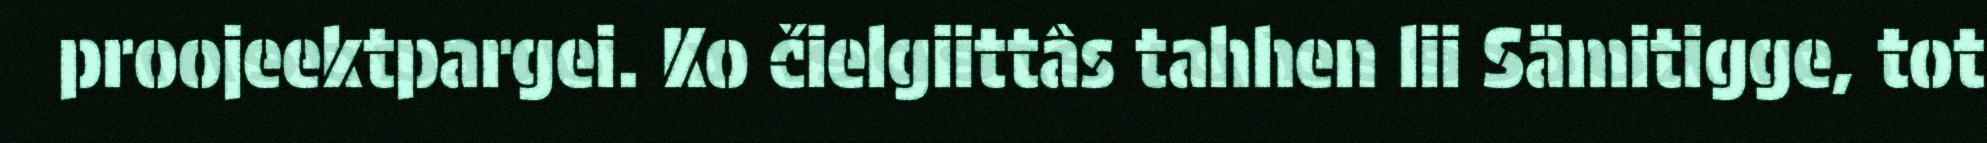
proojeektpargei. Ko čielgiittâs tahhen lii Sämitigge, tot